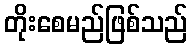
တိုးစေမည်ဖြစ်သည်